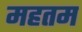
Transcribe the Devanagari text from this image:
महतम